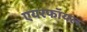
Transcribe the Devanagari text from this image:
एयरफॉयल